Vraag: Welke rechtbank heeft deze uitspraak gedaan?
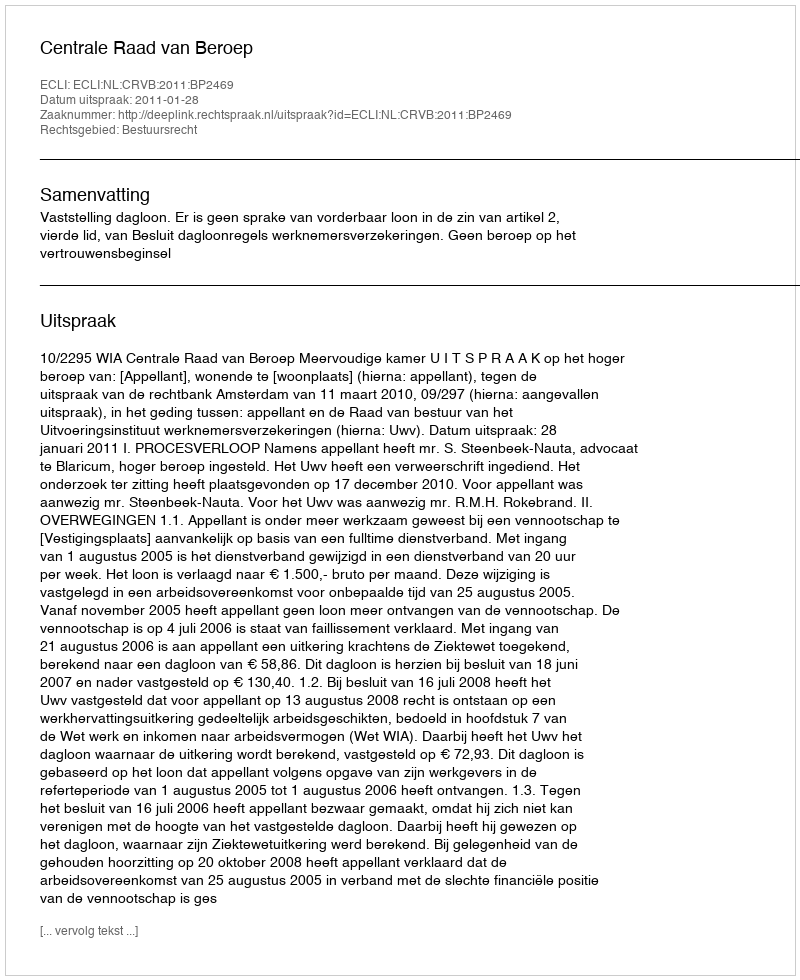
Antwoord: Centrale Raad van Beroep